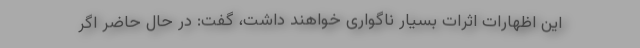
این اظهارات اثرات بسیار ناگواری خواهند داشت، گفت: در حال حاضر اگر